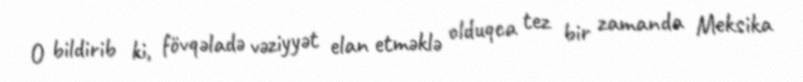
O bildirib ki, fövqəladə vəziyyət elan etməklə olduqca tez bir zamanda Meksika